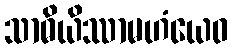
သာဓိယိဿာမဟံယေဝ